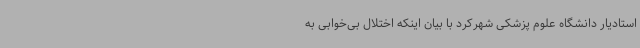
استادیار دانشگاه علوم پزشکی شهرکرد با بیان اینکه اختلال بی‌خوابی به